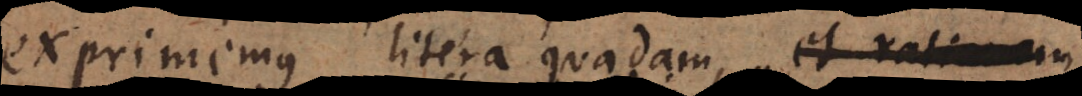
exprimemus litera quadam, et rationum